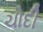
ચોદી